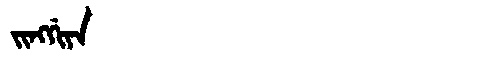
Manchu: ᠵᡳᠩᡤᡳᠶᠠ
Romanization: JINGGIYA